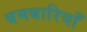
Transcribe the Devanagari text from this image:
बमबारियाँ